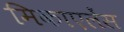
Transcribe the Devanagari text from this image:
मिकाएलेंस